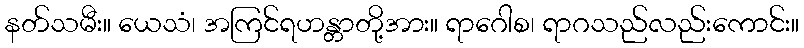
နတ်သမီး။ ယေသံ၊ အကြင်ရဟန္တာတို့အား။ ရာဂေါစ၊ ရာဂသည်လည်းကောင်း။